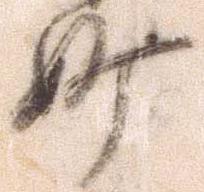
妙